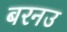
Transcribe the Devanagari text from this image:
बरनउ